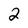
Character: 2